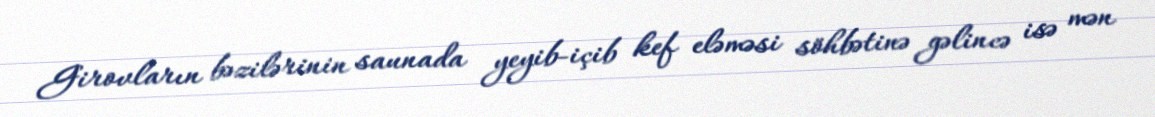
Girovların bəzilərinin saunada yeyib-içib kef eləməsi söhbətinə gəlincə isə mən